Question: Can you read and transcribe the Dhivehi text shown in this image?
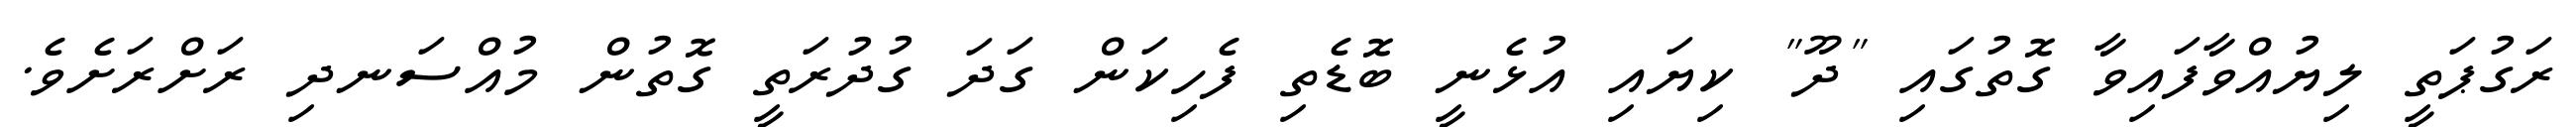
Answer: ރަގުޕަތީ ލިޔުއްވާފައިވާ ގޮތުގައި "ދޫ" ކިޔައި އުޅެނީ ބޮޑެތި ފެހިކަން ގަދަ ގުދުރަތީ ގޮތުން މުއްސަނދި ރަށްރަށެވެ.